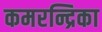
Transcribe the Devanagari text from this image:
कमरन्द्रिका